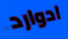
ادوارد